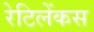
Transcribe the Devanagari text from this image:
रेटिलेंकस